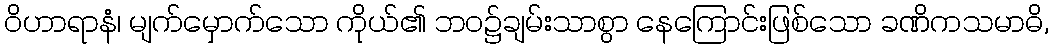
ဝိဟာရာနံ၊ မျက်မှောက်သော ကိုယ်၏ ဘဝ၌ချမ်းသာစွာ နေကြောင်းဖြစ်သော ခဏိကသမာဓိ,